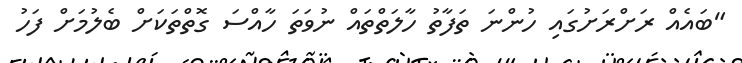
"ބައެއް ރަށްރަށުގައި ހުންނަ ތަފާތު ހާލަތްތައް ނުވަތަ ހާއްސަ ގޮތްތަކަށް ބެލުމަށް ފަހު